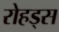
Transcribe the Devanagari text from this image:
रोहड्स